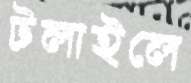
টলাইলে